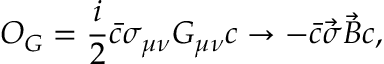
{ \cal O } _ { G } = \frac { i } { 2 } \bar { c } \sigma _ { \mu \nu } G _ { \mu \nu } c \rightarrow - \bar { c } \vec { \sigma } \vec { B } c ,